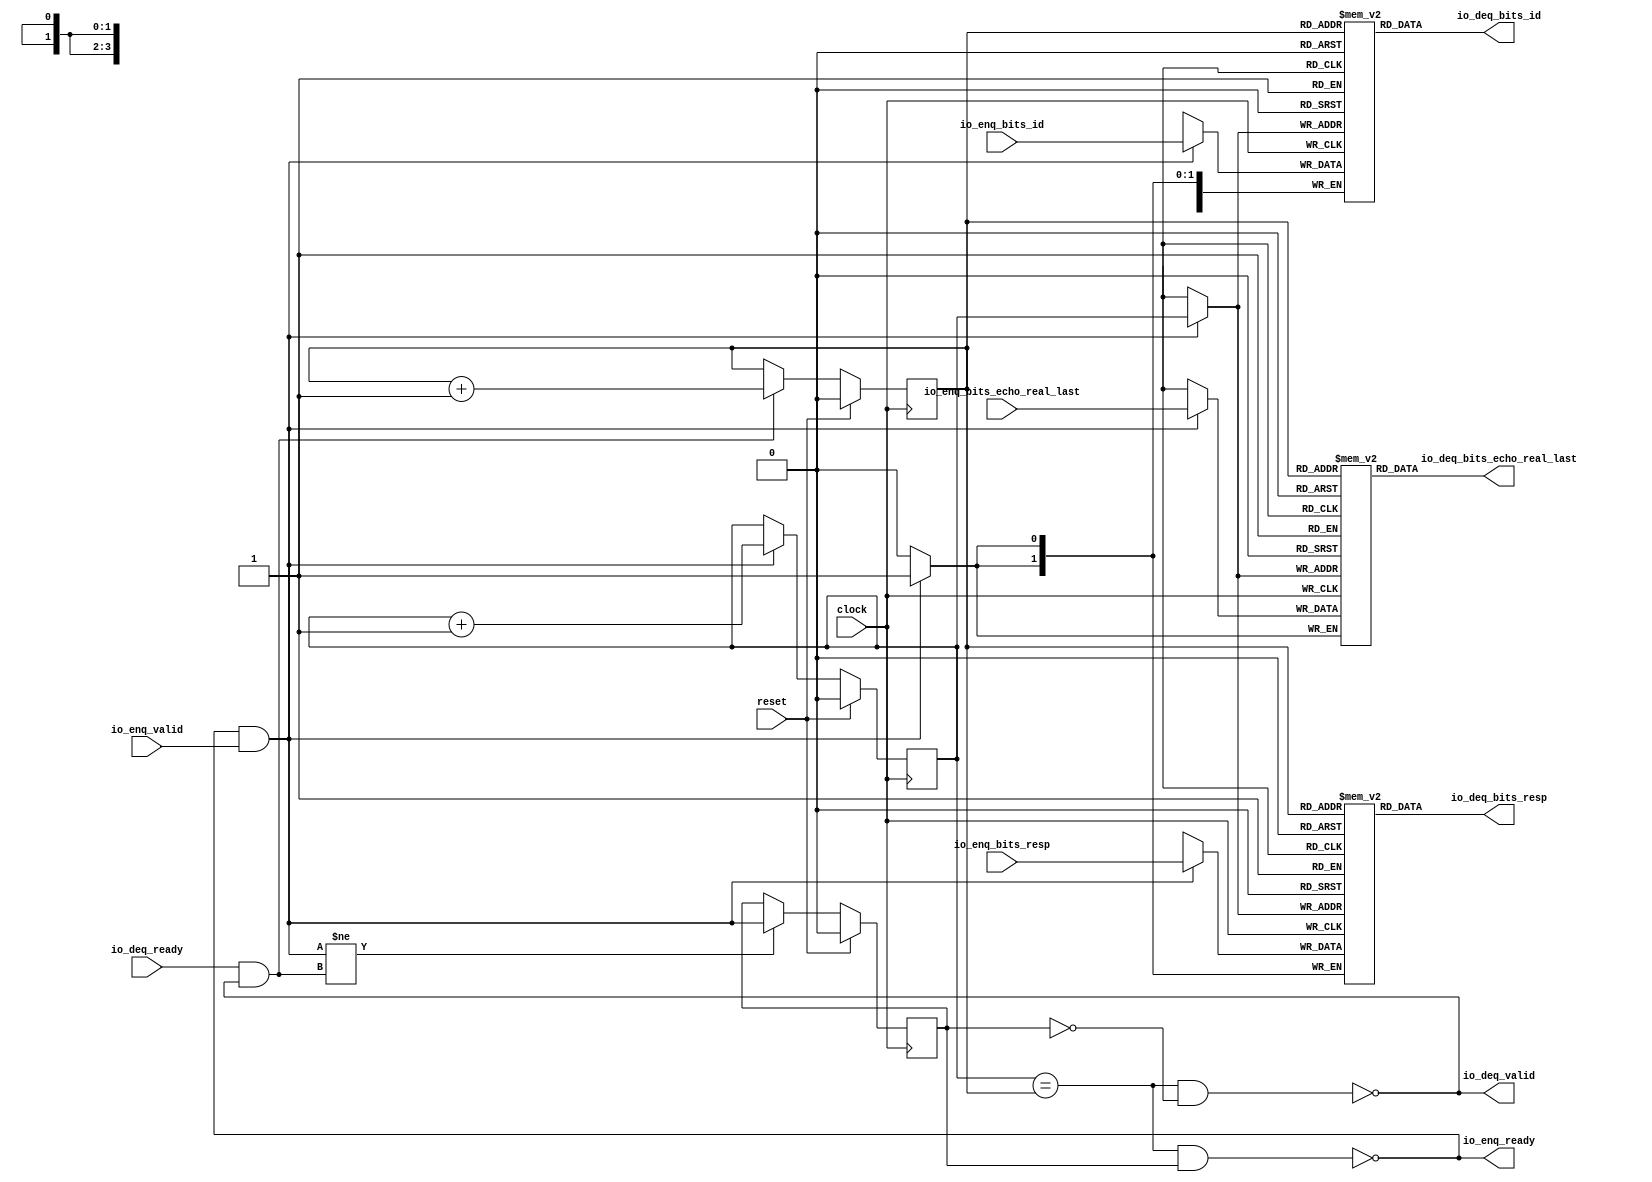
module Queue_40( // @[:freechips.rocketchip.system.DefaultRV32Config.fir@229201.2]
  input        clock, // @[:freechips.rocketchip.system.DefaultRV32Config.fir@229202.4]
  input        reset, // @[:freechips.rocketchip.system.DefaultRV32Config.fir@229203.4]
  output       io_enq_ready, // @[:freechips.rocketchip.system.DefaultRV32Config.fir@229204.4]
  input        io_enq_valid, // @[:freechips.rocketchip.system.DefaultRV32Config.fir@229204.4]
  input  [3:0] io_enq_bits_id, // @[:freechips.rocketchip.system.DefaultRV32Config.fir@229204.4]
  input  [1:0] io_enq_bits_resp, // @[:freechips.rocketchip.system.DefaultRV32Config.fir@229204.4]
  input        io_enq_bits_echo_real_last, // @[:freechips.rocketchip.system.DefaultRV32Config.fir@229204.4]
  input        io_deq_ready, // @[:freechips.rocketchip.system.DefaultRV32Config.fir@229204.4]
  output       io_deq_valid, // @[:freechips.rocketchip.system.DefaultRV32Config.fir@229204.4]
  output [3:0] io_deq_bits_id, // @[:freechips.rocketchip.system.DefaultRV32Config.fir@229204.4]
  output [1:0] io_deq_bits_resp, // @[:freechips.rocketchip.system.DefaultRV32Config.fir@229204.4]
  output       io_deq_bits_echo_real_last // @[:freechips.rocketchip.system.DefaultRV32Config.fir@229204.4]
);
`ifdef RANDOMIZE_MEM_INIT
  reg [31:0] _RAND_0;
  reg [31:0] _RAND_1;
  reg [31:0] _RAND_2;
`endif // RANDOMIZE_MEM_INIT
`ifdef RANDOMIZE_REG_INIT
  reg [31:0] _RAND_3;
  reg [31:0] _RAND_4;
  reg [31:0] _RAND_5;
`endif // RANDOMIZE_REG_INIT
  reg [3:0] ram_id [0:1]; // @[Decoupled.scala 209:16:freechips.rocketchip.system.DefaultRV32Config.fir@229206.4]
  wire [3:0] ram_id__T_15_data; // @[Decoupled.scala 209:16:freechips.rocketchip.system.DefaultRV32Config.fir@229206.4]
  wire  ram_id__T_15_addr; // @[Decoupled.scala 209:16:freechips.rocketchip.system.DefaultRV32Config.fir@229206.4]
  wire [3:0] ram_id__T_5_data; // @[Decoupled.scala 209:16:freechips.rocketchip.system.DefaultRV32Config.fir@229206.4]
  wire  ram_id__T_5_addr; // @[Decoupled.scala 209:16:freechips.rocketchip.system.DefaultRV32Config.fir@229206.4]
  wire  ram_id__T_5_mask; // @[Decoupled.scala 209:16:freechips.rocketchip.system.DefaultRV32Config.fir@229206.4]
  wire  ram_id__T_5_en; // @[Decoupled.scala 209:16:freechips.rocketchip.system.DefaultRV32Config.fir@229206.4]
  reg [1:0] ram_resp [0:1]; // @[Decoupled.scala 209:16:freechips.rocketchip.system.DefaultRV32Config.fir@229206.4]
  wire [1:0] ram_resp__T_15_data; // @[Decoupled.scala 209:16:freechips.rocketchip.system.DefaultRV32Config.fir@229206.4]
  wire  ram_resp__T_15_addr; // @[Decoupled.scala 209:16:freechips.rocketchip.system.DefaultRV32Config.fir@229206.4]
  wire [1:0] ram_resp__T_5_data; // @[Decoupled.scala 209:16:freechips.rocketchip.system.DefaultRV32Config.fir@229206.4]
  wire  ram_resp__T_5_addr; // @[Decoupled.scala 209:16:freechips.rocketchip.system.DefaultRV32Config.fir@229206.4]
  wire  ram_resp__T_5_mask; // @[Decoupled.scala 209:16:freechips.rocketchip.system.DefaultRV32Config.fir@229206.4]
  wire  ram_resp__T_5_en; // @[Decoupled.scala 209:16:freechips.rocketchip.system.DefaultRV32Config.fir@229206.4]
  reg  ram_echo_real_last [0:1]; // @[Decoupled.scala 209:16:freechips.rocketchip.system.DefaultRV32Config.fir@229206.4]
  wire  ram_echo_real_last__T_15_data; // @[Decoupled.scala 209:16:freechips.rocketchip.system.DefaultRV32Config.fir@229206.4]
  wire  ram_echo_real_last__T_15_addr; // @[Decoupled.scala 209:16:freechips.rocketchip.system.DefaultRV32Config.fir@229206.4]
  wire  ram_echo_real_last__T_5_data; // @[Decoupled.scala 209:16:freechips.rocketchip.system.DefaultRV32Config.fir@229206.4]
  wire  ram_echo_real_last__T_5_addr; // @[Decoupled.scala 209:16:freechips.rocketchip.system.DefaultRV32Config.fir@229206.4]
  wire  ram_echo_real_last__T_5_mask; // @[Decoupled.scala 209:16:freechips.rocketchip.system.DefaultRV32Config.fir@229206.4]
  wire  ram_echo_real_last__T_5_en; // @[Decoupled.scala 209:16:freechips.rocketchip.system.DefaultRV32Config.fir@229206.4]
  reg  _T; // @[Counter.scala 29:33:freechips.rocketchip.system.DefaultRV32Config.fir@229207.4]
  reg  _T_1; // @[Counter.scala 29:33:freechips.rocketchip.system.DefaultRV32Config.fir@229208.4]
  reg  maybe_full; // @[Decoupled.scala 212:27:freechips.rocketchip.system.DefaultRV32Config.fir@229209.4]
  wire  ptr_match; // @[Decoupled.scala 214:33:freechips.rocketchip.system.DefaultRV32Config.fir@229210.4]
  wire  _T_2; // @[Decoupled.scala 215:28:freechips.rocketchip.system.DefaultRV32Config.fir@229211.4]
  wire  empty; // @[Decoupled.scala 215:25:freechips.rocketchip.system.DefaultRV32Config.fir@229212.4]
  wire  full; // @[Decoupled.scala 216:24:freechips.rocketchip.system.DefaultRV32Config.fir@229213.4]
  wire  do_enq; // @[Decoupled.scala 40:37:freechips.rocketchip.system.DefaultRV32Config.fir@229214.4]
  wire  do_deq; // @[Decoupled.scala 40:37:freechips.rocketchip.system.DefaultRV32Config.fir@229217.4]
  wire  _T_8; // @[Counter.scala 39:22:freechips.rocketchip.system.DefaultRV32Config.fir@229227.6]
  wire  _T_11; // @[Counter.scala 39:22:freechips.rocketchip.system.DefaultRV32Config.fir@229233.6]
  wire  _T_12; // @[Decoupled.scala 227:16:freechips.rocketchip.system.DefaultRV32Config.fir@229236.4]
  assign ram_id__T_15_addr = _T_1;
  assign ram_id__T_15_data = ram_id[ram_id__T_15_addr]; // @[Decoupled.scala 209:16:freechips.rocketchip.system.DefaultRV32Config.fir@229206.4]
  assign ram_id__T_5_data = io_enq_bits_id;
  assign ram_id__T_5_addr = _T;
  assign ram_id__T_5_mask = 1'h1;
  assign ram_id__T_5_en = io_enq_ready & io_enq_valid;
  assign ram_resp__T_15_addr = _T_1;
  assign ram_resp__T_15_data = ram_resp[ram_resp__T_15_addr]; // @[Decoupled.scala 209:16:freechips.rocketchip.system.DefaultRV32Config.fir@229206.4]
  assign ram_resp__T_5_data = io_enq_bits_resp;
  assign ram_resp__T_5_addr = _T;
  assign ram_resp__T_5_mask = 1'h1;
  assign ram_resp__T_5_en = io_enq_ready & io_enq_valid;
  assign ram_echo_real_last__T_15_addr = _T_1;
  assign ram_echo_real_last__T_15_data = ram_echo_real_last[ram_echo_real_last__T_15_addr]; // @[Decoupled.scala 209:16:freechips.rocketchip.system.DefaultRV32Config.fir@229206.4]
  assign ram_echo_real_last__T_5_data = io_enq_bits_echo_real_last;
  assign ram_echo_real_last__T_5_addr = _T;
  assign ram_echo_real_last__T_5_mask = 1'h1;
  assign ram_echo_real_last__T_5_en = io_enq_ready & io_enq_valid;
  assign ptr_match = _T == _T_1; // @[Decoupled.scala 214:33:freechips.rocketchip.system.DefaultRV32Config.fir@229210.4]
  assign _T_2 = ~maybe_full; // @[Decoupled.scala 215:28:freechips.rocketchip.system.DefaultRV32Config.fir@229211.4]
  assign empty = ptr_match & _T_2; // @[Decoupled.scala 215:25:freechips.rocketchip.system.DefaultRV32Config.fir@229212.4]
  assign full = ptr_match & maybe_full; // @[Decoupled.scala 216:24:freechips.rocketchip.system.DefaultRV32Config.fir@229213.4]
  assign do_enq = io_enq_ready & io_enq_valid; // @[Decoupled.scala 40:37:freechips.rocketchip.system.DefaultRV32Config.fir@229214.4]
  assign do_deq = io_deq_ready & io_deq_valid; // @[Decoupled.scala 40:37:freechips.rocketchip.system.DefaultRV32Config.fir@229217.4]
  assign _T_8 = _T + 1'h1; // @[Counter.scala 39:22:freechips.rocketchip.system.DefaultRV32Config.fir@229227.6]
  assign _T_11 = _T_1 + 1'h1; // @[Counter.scala 39:22:freechips.rocketchip.system.DefaultRV32Config.fir@229233.6]
  assign _T_12 = do_enq != do_deq; // @[Decoupled.scala 227:16:freechips.rocketchip.system.DefaultRV32Config.fir@229236.4]
  assign io_enq_ready = ~full; // @[Decoupled.scala 232:16:freechips.rocketchip.system.DefaultRV32Config.fir@229243.4]
  assign io_deq_valid = ~empty; // @[Decoupled.scala 231:16:freechips.rocketchip.system.DefaultRV32Config.fir@229241.4]
  assign io_deq_bits_id = ram_id__T_15_data; // @[Decoupled.scala 233:15:freechips.rocketchip.system.DefaultRV32Config.fir@229247.4]
  assign io_deq_bits_resp = ram_resp__T_15_data; // @[Decoupled.scala 233:15:freechips.rocketchip.system.DefaultRV32Config.fir@229246.4]
  assign io_deq_bits_echo_real_last = ram_echo_real_last__T_15_data; // @[Decoupled.scala 233:15:freechips.rocketchip.system.DefaultRV32Config.fir@229245.4]
`ifdef RANDOMIZE_GARBAGE_ASSIGN
`define RANDOMIZE
`endif
`ifdef RANDOMIZE_INVALID_ASSIGN
`define RANDOMIZE
`endif
`ifdef RANDOMIZE_REG_INIT
`define RANDOMIZE
`endif
`ifdef RANDOMIZE_MEM_INIT
`define RANDOMIZE
`endif
`ifndef RANDOM
`define RANDOM $random
`endif
`ifdef RANDOMIZE_MEM_INIT
  integer initvar;
`endif
`ifndef SYNTHESIS
`ifdef FIRRTL_BEFORE_INITIAL
`FIRRTL_BEFORE_INITIAL
`endif
initial begin
  `ifdef RANDOMIZE
    `ifdef INIT_RANDOM
      `INIT_RANDOM
    `endif
    `ifndef VERILATOR
      `ifdef RANDOMIZE_DELAY
        #`RANDOMIZE_DELAY begin end
      `else
        #0.002 begin end
      `endif
    `endif
`ifdef RANDOMIZE_MEM_INIT
  _RAND_0 = {1{`RANDOM}};
  for (initvar = 0; initvar < 2; initvar = initvar+1)
    ram_id[initvar] = _RAND_0[3:0];
  _RAND_1 = {1{`RANDOM}};
  for (initvar = 0; initvar < 2; initvar = initvar+1)
    ram_resp[initvar] = _RAND_1[1:0];
  _RAND_2 = {1{`RANDOM}};
  for (initvar = 0; initvar < 2; initvar = initvar+1)
    ram_echo_real_last[initvar] = _RAND_2[0:0];
`endif // RANDOMIZE_MEM_INIT
`ifdef RANDOMIZE_REG_INIT
  _RAND_3 = {1{`RANDOM}};
  _T = _RAND_3[0:0];
  _RAND_4 = {1{`RANDOM}};
  _T_1 = _RAND_4[0:0];
  _RAND_5 = {1{`RANDOM}};
  maybe_full = _RAND_5[0:0];
`endif // RANDOMIZE_REG_INIT
  `endif // RANDOMIZE
end // initial
`ifdef FIRRTL_AFTER_INITIAL
`FIRRTL_AFTER_INITIAL
`endif
`endif // SYNTHESIS
  always @(posedge clock) begin
    if(ram_id__T_5_en & ram_id__T_5_mask) begin
      ram_id[ram_id__T_5_addr] <= ram_id__T_5_data; // @[Decoupled.scala 209:16:freechips.rocketchip.system.DefaultRV32Config.fir@229206.4]
    end
    if(ram_resp__T_5_en & ram_resp__T_5_mask) begin
      ram_resp[ram_resp__T_5_addr] <= ram_resp__T_5_data; // @[Decoupled.scala 209:16:freechips.rocketchip.system.DefaultRV32Config.fir@229206.4]
    end
    if(ram_echo_real_last__T_5_en & ram_echo_real_last__T_5_mask) begin
      ram_echo_real_last[ram_echo_real_last__T_5_addr] <= ram_echo_real_last__T_5_data; // @[Decoupled.scala 209:16:freechips.rocketchip.system.DefaultRV32Config.fir@229206.4]
    end
    if (reset) begin
      _T <= 1'h0;
    end else if (do_enq) begin
      _T <= _T_8;
    end
    if (reset) begin
      _T_1 <= 1'h0;
    end else if (do_deq) begin
      _T_1 <= _T_11;
    end
    if (reset) begin
      maybe_full <= 1'h0;
    end else if (_T_12) begin
      maybe_full <= do_enq;
    end
  end
endmodule